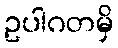
ဥပါဂတမှိ